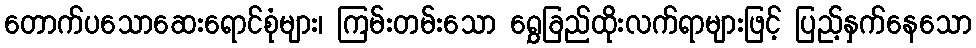
တောက်ပသောဆေးရောင်စုံများ၊ ကြမ်းတမ်းသော ရွှေခြည်ထိုးလက်ရာများဖြင့် ပြည့်နှက်နေသော